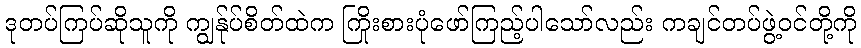
ဒုတပ်ကြပ်ဆိုသူကို ကျွန်ုပ်စိတ်ထဲက ကြိုးစားပုံဖော်ကြည့်ပါသော်လည်း ကချင်တပ်ဖွဲ့ဝင်တို့ကို